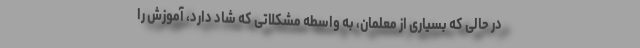
در حالی که بسیاری از معلمان، به واسطه مشکلاتی که شاد دارد، آموزش را